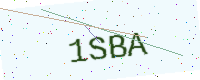
Text: 1SBA